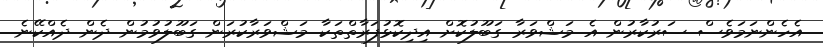
އެހެންނަމަވެސް ސަރުކާރުން އެ މަޝްވަރާ ގަބޫލުކޮށް އިދިކޮޅުފަރާތްތަކާ މަޝްވަރާކުރަން ގަބޫލުވުމުން ދެން ދެއްކޭނެ